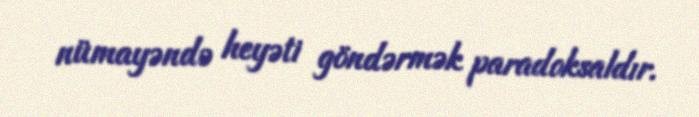
nümayəndə heyəti göndərmək paradoksaldır.